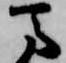
馬